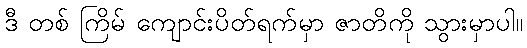
ဒီ တစ် ကြိမ် ကျောင်းပိတ်ရက်မှာ ဇာတိကို သွားမှာပါ။